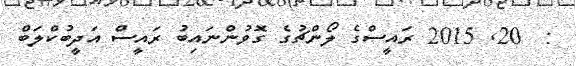
:  20